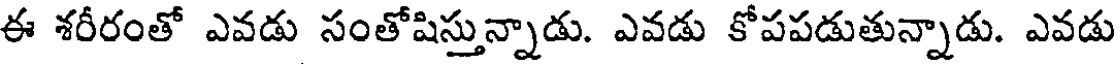
ఈ శరీరంతో ఎవడు సంతోషిస్తున్నాడు. ఎవడు కోపపడుతున్నాడు. ఎవడు